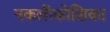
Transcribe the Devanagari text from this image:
नकलीकोशिका